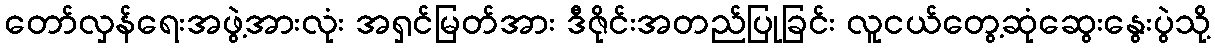
တော်လှန်ရေးအဖွဲ့အားလုံး အရှင်မြတ်အား ဒီဇိုင်းအတည်ပြုခြင်း လူငယ်တွေ့ဆုံဆွေးနွေးပွဲသို့